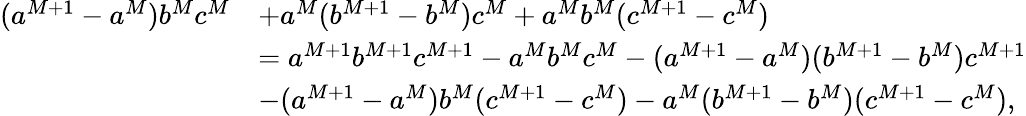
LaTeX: \begin{array}{rl}{(a^{M+1}-a^{M})b^{M}c^{M}}&{+a^{M}(b^{M+1}-b^{M})c^{M}+a^{M}b^{M}(c^{M+1}-c^{M})}\\ &{=a^{M+1}b^{M+1}c^{M+1}-a^{M}b^{M}c^{M}-(a^{M+1}-a^{M})(b^{M+1}-b^{M})c^{M+1}}\\ &{-(a^{M+1}-a^{M})b^{M}(c^{M+1}-c^{M})-a^{M}(b^{M+1}-b^{M})(c^{M+1}-c^{M}),}\end{array}